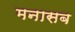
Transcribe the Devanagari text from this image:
मनासब